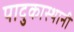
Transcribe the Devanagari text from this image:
पादुकास्थानी